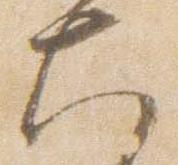
大